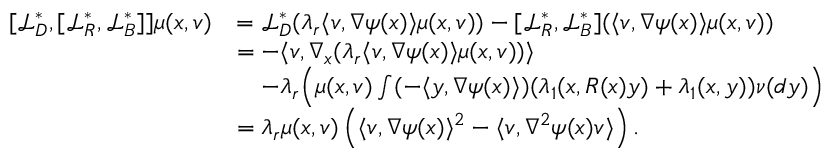
\begin{array} { r l } { [ \mathcal { L } _ { D } ^ { * } , [ \mathcal { L } _ { R } ^ { * } , \mathcal { L } _ { B } ^ { * } ] ] \mu ( x , v ) } & { = \mathcal { L } _ { D } ^ { * } ( \lambda _ { r } \langle v , \nabla \psi ( x ) \rangle \mu ( x , v ) ) - [ \mathcal { L } _ { R } ^ { * } , \mathcal { L } _ { B } ^ { * } ] ( \langle v , \nabla \psi ( x ) \rangle \mu ( x , v ) ) } \\ & { = - \langle v , \nabla _ { x } ( \lambda _ { r } \langle v , \nabla \psi ( x ) \rangle \mu ( x , v ) ) \rangle } \\ & { \quad - \lambda _ { r } \Big ( \mu ( x , v ) \int ( - \langle y , \nabla \psi ( x ) \rangle ) ( \lambda _ { 1 } ( x , R ( x ) y ) + \lambda _ { 1 } ( x , y ) ) \nu ( d y ) \Big ) } \\ & { = \lambda _ { r } \mu ( x , v ) \left( \langle v , \nabla \psi ( x ) \rangle ^ { 2 } - \langle v , \nabla ^ { 2 } \psi ( x ) v \rangle \right) . } \end{array}